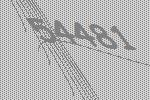
54481